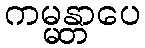
ကမ္မန္တာပေ